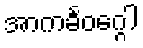
အာကင်္ခဝဂ္ဂေါ